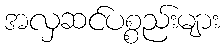
အလှဆင်ပစ္စည်းများ